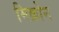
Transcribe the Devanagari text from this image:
मिक्रोन